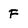
Character: F